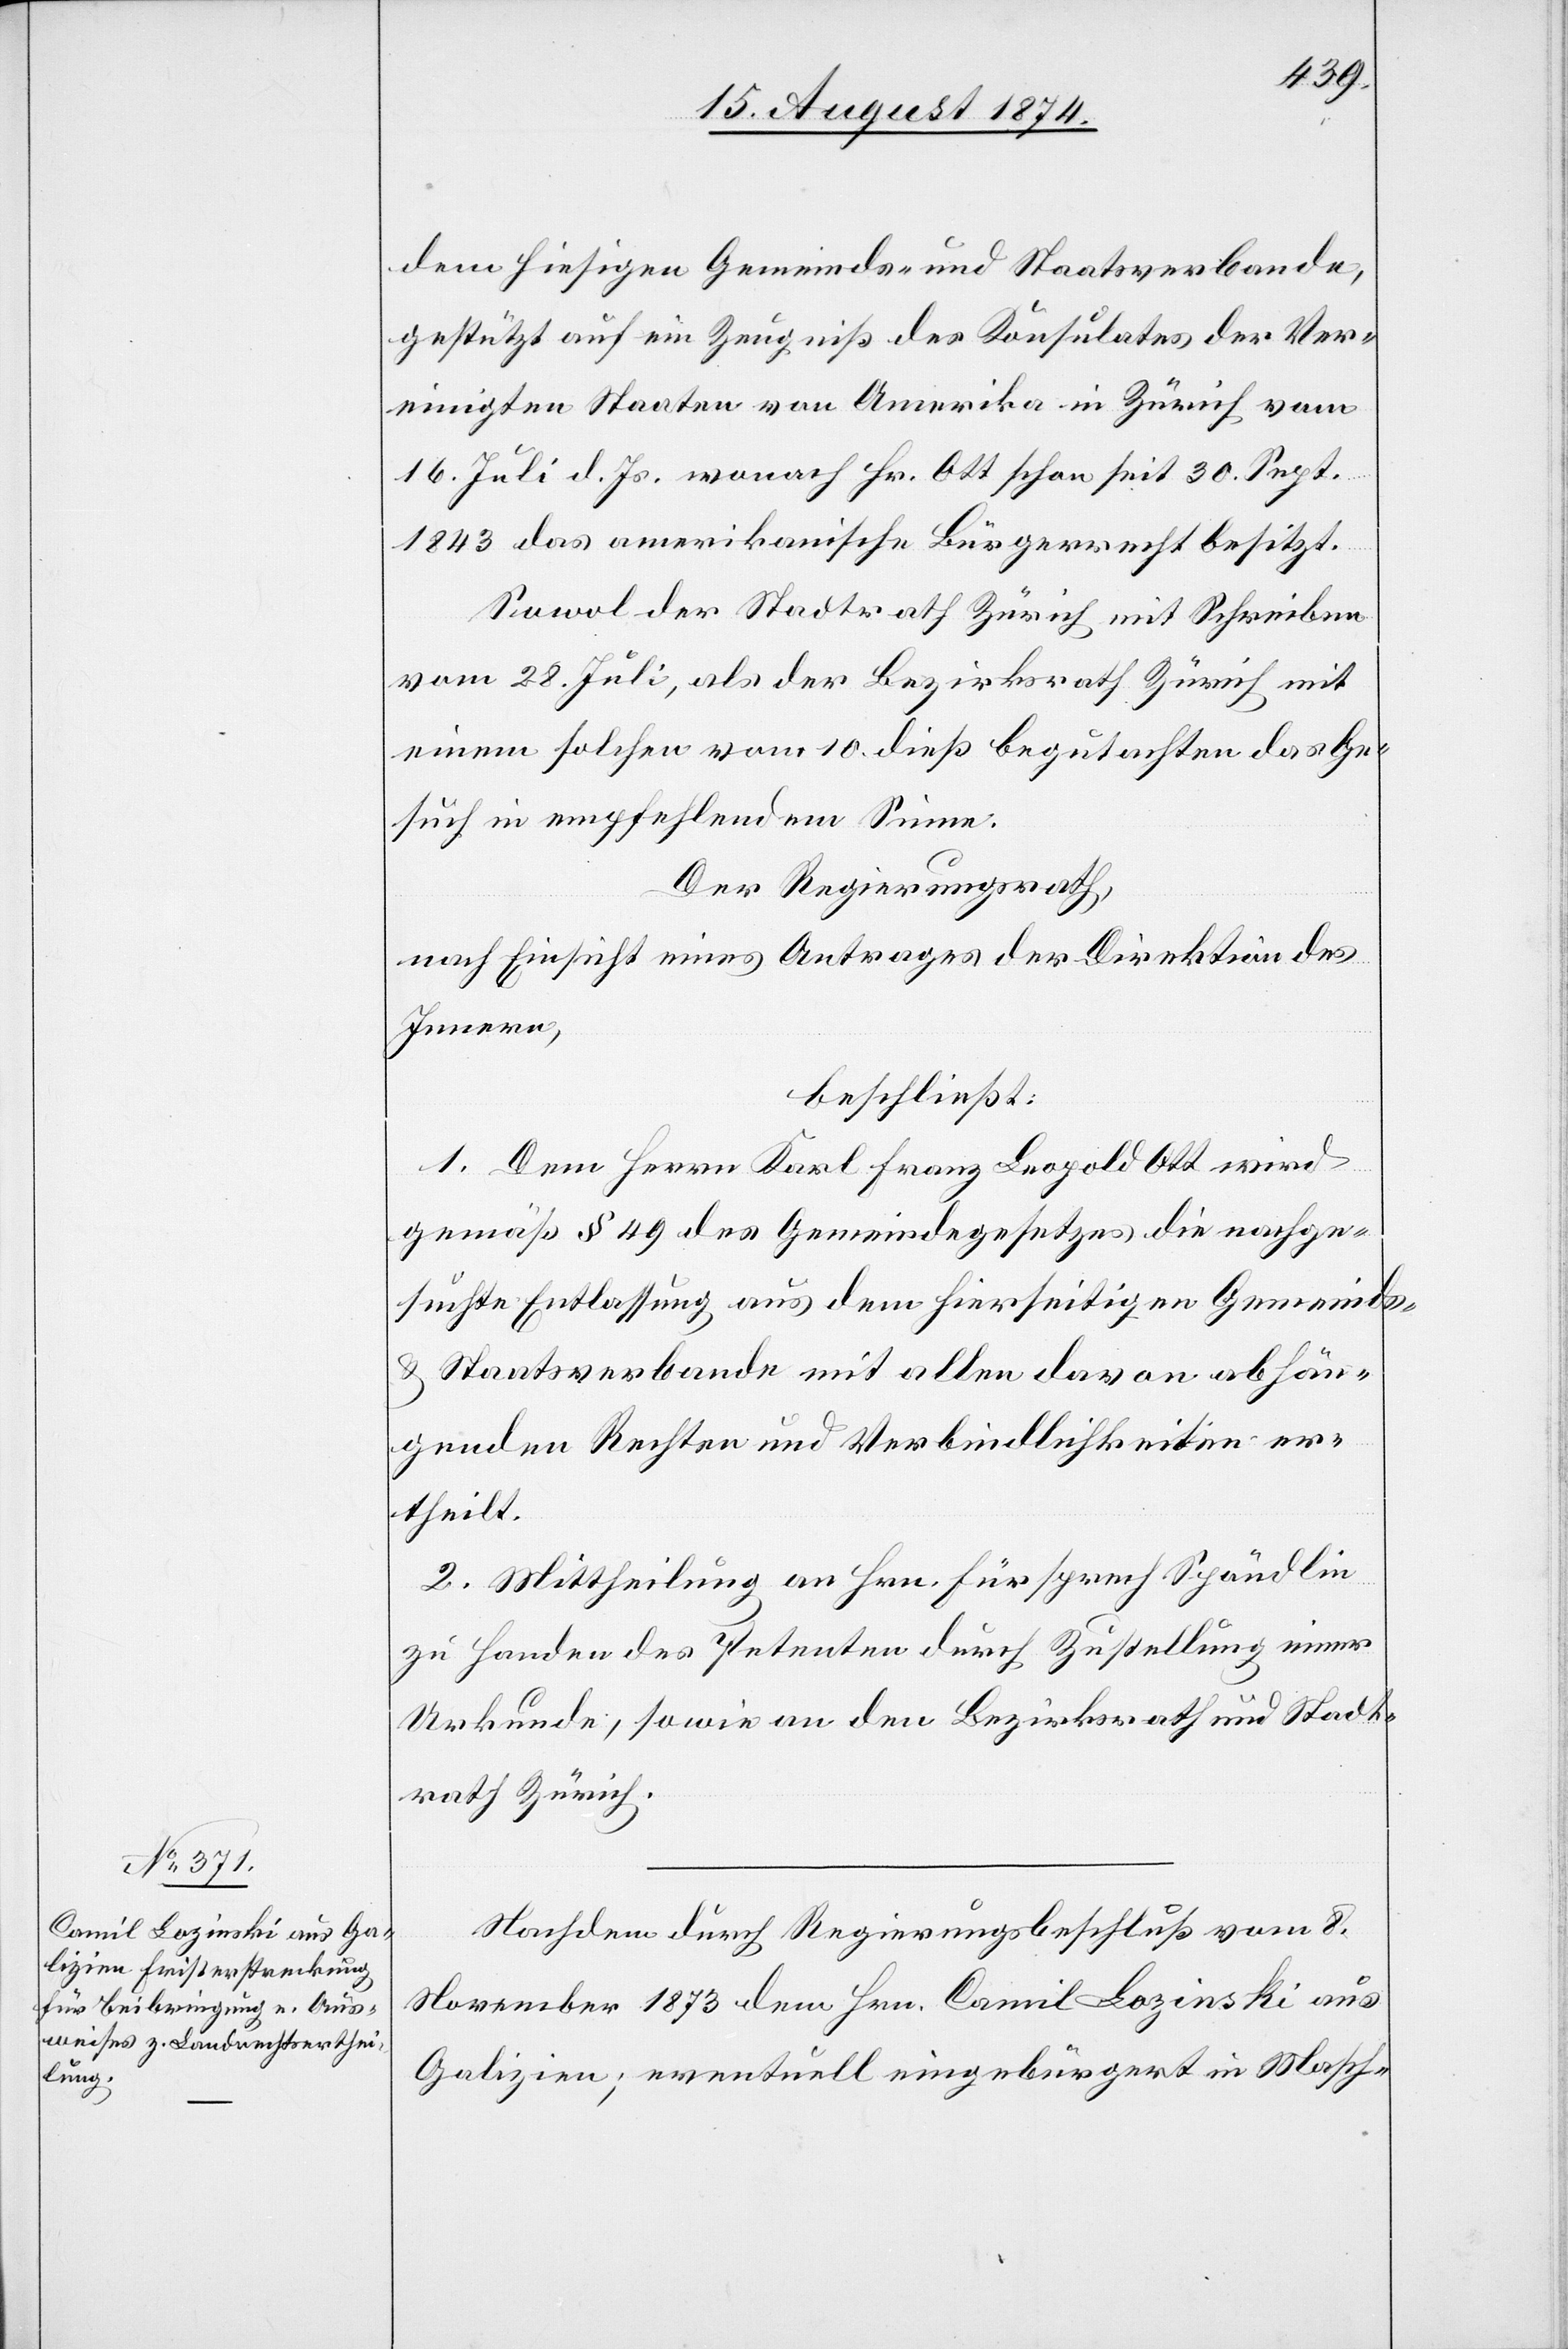
dem hiesigen Gemeinds- und Staatsverbande,
gestützt auf ein Zeugniß des Konsulates der Ver¬
einigten Staaten von Amerika in Zürich vom
16. Juli d. Js. wonach Hr. Ott schon seit 30. Sept.
1843 das amerikanische Bürgerrecht besitzt.
Sowol der Stadtrath Zürich mit Schreiben
vom 28. Juli, als der Bezirksrath Zürich mit
einem solchen vom 10. dieß begutachten das Ge¬
such in empfehlendem Sinne.
Der Regierungsrath,
nach Einsicht eines Antrages der Direktion des
Innern,
beschließt:
1. Dem Herrn Karl Franz Leopold Ott wird
gemäß § 49 des Gemeindegesetzes die nachge¬
suchte Entlassung aus dem hierseitigen Gemeinds-
u. Staatsverbande mit allen davon abhän¬
genden Rechten und Verbindlichkeiten er¬
theilt.
2. Mittheilung an Hrn. Fürsprech Spöndlin
zu Handen des Petenten durch Zustellung einer
Urkunde, sowie an den Bezirksrath und Stadt¬
rath Zürich.
Nachdem durch Regierungsbeschluß vom 8.
November 1873 dem Hrn. Camil Lozinski aus
Galizien; eventuell eingebürgert in Masch-